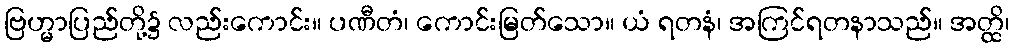
ဗြဟ္မာပြည်တို့၌ လည်းကောင်း။ ပဏီတံ၊ ကောင်းမြတ်သော။ ယံ ရတနံ၊ အကြင်ရတနာသည်။ အတ္ထိ၊